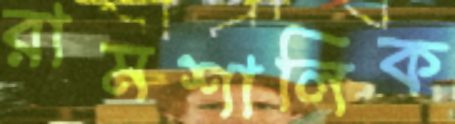
রামশালিক